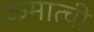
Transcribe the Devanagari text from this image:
कमात्ची